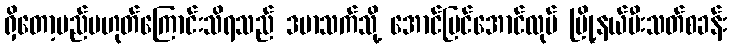
ရှိတော့မည်မဟုတ်ကြောင်းသိရသည် ဒမာသက်သို့ အောင်မြင်အောင်လုပ် မြို့နယ်မီးသတ်စခန်း